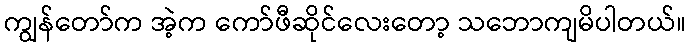
ကျွန်တော်က အဲ့က ကော်ဖီဆိုင်လေးတော့ သဘောကျမိပါတယ်။